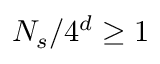
N _ { s } / 4 ^ { d } \geq 1